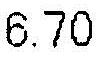
6.70